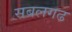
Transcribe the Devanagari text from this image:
सबलगढ